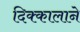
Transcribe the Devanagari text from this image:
दिक्कालाने